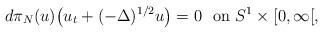
LaTeX: \begin{align*} d\pi_N(u)\big(u_t+(-\Delta)^{1/2}u\big)=0\ \hbox{ on } S^1\times[0,\infty[,\end{align*}